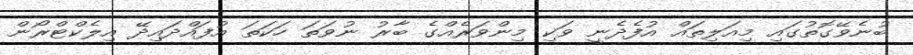
ބުނެވޭގޮތުގައި މިއަލިތައް އުފެދެނީ ވަކި މިންވަރެއްގެ ބާރު ނުވަތަ ހަކަތަ އުފައްދައިދޭ އިލެކްޓްރޯން